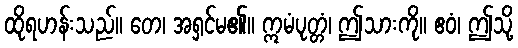
ထိုရဟန်းသည်။ တေ၊ အရှင်မ၏။ ဣမံပုတ္တံ၊ ဤသားကို။ ဧဝံ၊ ဤသို့